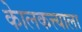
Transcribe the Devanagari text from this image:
केालकत्त्याला